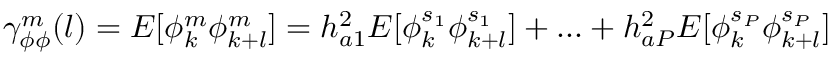
\gamma _ { \phi \phi } ^ { m } ( l ) = E [ \phi _ { k } ^ { m } \phi _ { k + l } ^ { m } ] = h _ { a 1 } ^ { 2 } E [ \phi _ { k } ^ { s _ { 1 } } \phi _ { k + l } ^ { s _ { 1 } } ] + . . . + h _ { a P } ^ { 2 } E [ \phi _ { k } ^ { s _ { P } } \phi _ { k + l } ^ { s _ { P } } ]